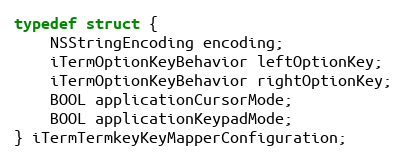
Language: C
typedef struct {
    NSStringEncoding encoding;
    iTermOptionKeyBehavior leftOptionKey;
    iTermOptionKeyBehavior rightOptionKey;
    BOOL applicationCursorMode;
    BOOL applicationKeypadMode;
} iTermTermkeyKeyMapperConfiguration;